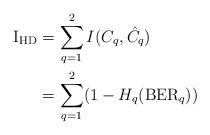
LaTeX: \begin{align*}\mathrm{I}_{\mathrm{HD}} &= \sum_{q=1}^2I(C_q,\hat{C_q}) \\&=\sum_{q=1}^2(1-H_q(\mathrm{BER}_q)) \end{align*}